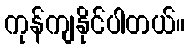
ကုန်ကျနိုင်ပါတယ်။